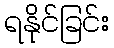
ရနိုင်ခြင်း